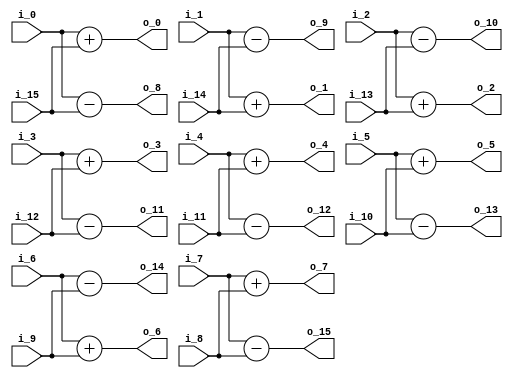
//describe  : 16DCT2
//input     : 16
//output    : 16
//delay     : 0 clk
module dct2_butterfly16#(
    parameter IN_WIDTH = 18
)
(
//input data
    input   signed  [IN_WIDTH - 1 : 0]  i_0     ,
    input   signed  [IN_WIDTH - 1 : 0]  i_1     ,
    input   signed  [IN_WIDTH - 1 : 0]  i_2     ,
    input   signed  [IN_WIDTH - 1 : 0]  i_3     ,
    input   signed  [IN_WIDTH - 1 : 0]  i_4     ,
    input   signed  [IN_WIDTH - 1 : 0]  i_5     ,
    input   signed  [IN_WIDTH - 1 : 0]  i_6     ,
    input   signed  [IN_WIDTH - 1 : 0]  i_7     ,
    input   signed  [IN_WIDTH - 1 : 0]  i_8     ,
    input   signed  [IN_WIDTH - 1 : 0]  i_9     ,
    input   signed  [IN_WIDTH - 1 : 0]  i_10    ,
    input   signed  [IN_WIDTH - 1 : 0]  i_11    ,
    input   signed  [IN_WIDTH - 1 : 0]  i_12    ,
    input   signed  [IN_WIDTH - 1 : 0]  i_13    ,
    input   signed  [IN_WIDTH - 1 : 0]  i_14    ,
    input   signed  [IN_WIDTH - 1 : 0]  i_15    ,
//output data
    output  signed  [IN_WIDTH     : 0]  o_0     ,//E
    output  signed  [IN_WIDTH     : 0]  o_1     ,
    output  signed  [IN_WIDTH     : 0]  o_2     ,
    output  signed  [IN_WIDTH     : 0]  o_3     ,
    output  signed  [IN_WIDTH     : 0]  o_4     ,
    output  signed  [IN_WIDTH     : 0]  o_5     ,
    output  signed  [IN_WIDTH     : 0]  o_6     ,
    output  signed  [IN_WIDTH     : 0]  o_7     ,
    output  signed  [IN_WIDTH     : 0]  o_8     ,//O
    output  signed  [IN_WIDTH     : 0]  o_9     ,
    output  signed  [IN_WIDTH     : 0]  o_10    ,
    output  signed  [IN_WIDTH     : 0]  o_11    ,
    output  signed  [IN_WIDTH     : 0]  o_12    ,
    output  signed  [IN_WIDTH     : 0]  o_13    ,
    output  signed  [IN_WIDTH     : 0]  o_14    ,
    output  signed  [IN_WIDTH     : 0]  o_15    
);

//
//E/O
    wire signed [IN_WIDTH : 0] E_0 = i_0 + i_15;
    wire signed [IN_WIDTH : 0] E_1 = i_1 + i_14;
    wire signed [IN_WIDTH : 0] E_2 = i_2 + i_13;
    wire signed [IN_WIDTH : 0] E_3 = i_3 + i_12;
    wire signed [IN_WIDTH : 0] E_4 = i_4 + i_11;
    wire signed [IN_WIDTH : 0] E_5 = i_5 + i_10;
    wire signed [IN_WIDTH : 0] E_6 = i_6 + i_9 ;
    wire signed [IN_WIDTH : 0] E_7 = i_7 + i_8 ;
    wire signed [IN_WIDTH : 0] O_0 = i_0 - i_15;
    wire signed [IN_WIDTH : 0] O_1 = i_1 - i_14;
    wire signed [IN_WIDTH : 0] O_2 = i_2 - i_13;
    wire signed [IN_WIDTH : 0] O_3 = i_3 - i_12;
    wire signed [IN_WIDTH : 0] O_4 = i_4 - i_11;
    wire signed [IN_WIDTH : 0] O_5 = i_5 - i_10;
    wire signed [IN_WIDTH : 0] O_6 = i_6 - i_9 ;
    wire signed [IN_WIDTH : 0] O_7 = i_7 - i_8 ;

//output
    assign o_0  = E_0;
    assign o_1  = E_1;
    assign o_2  = E_2;
    assign o_3  = E_3;
    assign o_4  = E_4;
    assign o_5  = E_5;
    assign o_6  = E_6;
    assign o_7  = E_7;
    assign o_8  = O_0;
    assign o_9  = O_1;
    assign o_10 = O_2;
    assign o_11 = O_3;
    assign o_12 = O_4;
    assign o_13 = O_5;
    assign o_14 = O_6;
    assign o_15 = O_7;

endmodule